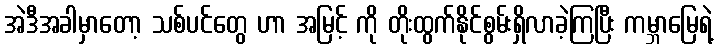
အဲဒီအခါမှာတော့ သစ်ပင်တွေ ဟာ အမြင့် ကို တိုးထွက်နိုင်စွမ်းရှိလာခဲ့ကြပြီး ကမ္ဘာမြေရဲ့